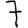
Digit: 7